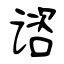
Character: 谘